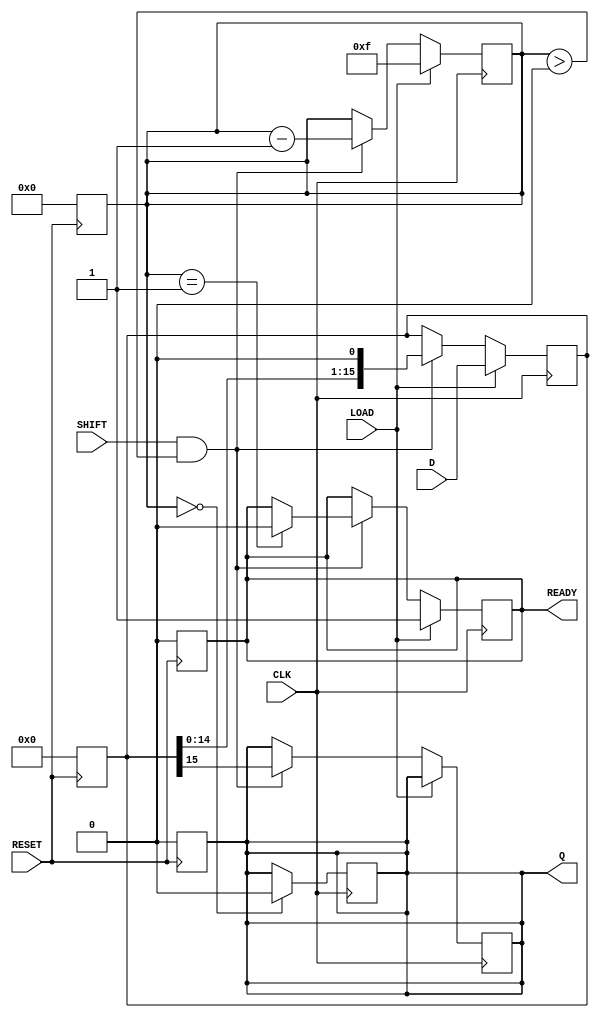
module PISO_Register (
    input wire [15:0] D,      // 16-bit parallel data input
    input wire LOAD,          // Load control signal
    input wire SHIFT,         // Shift control signal
    input wire CLK,           // Clock input
    input wire RESET,         // Asynchronous reset
    output reg Q,             // Serial output
    output reg READY          // Data ready signal
);

    reg [15:0] REG;           // 16-bit internal shift register
    reg [4:0] bit_count;      // Bit counter for shifting

    // Asynchronous reset logic
    always @(posedge RESET) begin
        REG <= 16'b0;         // Clear the register
        Q <= 1'b0;            // Clear the serial output
        READY <= 1'b0;        // Clear the ready signal
        bit_count <= 5'd0;    // Reset bit counter
    end

    // Main operation logic
    always @(posedge CLK) begin
        if (LOAD) begin
            REG <= D;          // Load data into the register
            bit_count <= 5'd15; // Set bit count to 15 (16 bits to shift)
            READY <= 1'b1;     // Indicate that data is ready to be shifted
        end else if (SHIFT && bit_count > 0) begin
            Q <= REG[15];      // Output the MSB to Q
            REG <= REG << 1;   // Shift left to prepare for next bit
            bit_count <= bit_count - 1; // Decrement bit counter
            if (bit_count == 1) begin
                READY <= 1'b0; // Clear ready signal after last bit is shifted
            end
        end
    end

    // Output the last bit shifted
    always @(posedge CLK) begin
        if (bit_count == 0) begin
            Q <= 1'b0;          // Optionally, set Q to 0 after all bits are shifted
        end
    end

endmodule